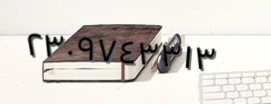
٢٣٠٩٧٤٣٣١٣